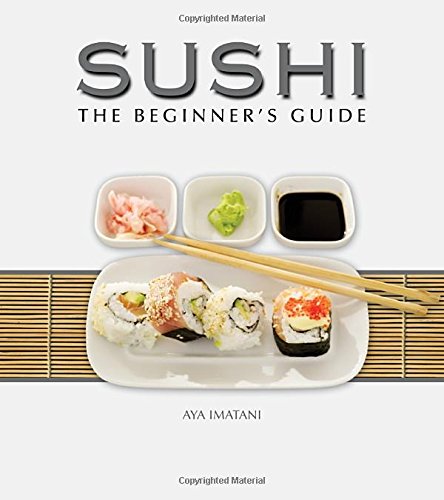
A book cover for Sushi: The Beginner's Guide; Aya Imatani; Cookbooks, Food & Wine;